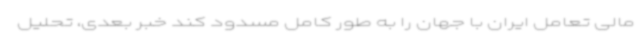
مالی تعامل ایران با جهان را به طور کامل مسدود کند خبر بعدی، تحلیل